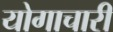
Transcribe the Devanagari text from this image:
योगाचारी